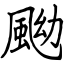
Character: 䬀